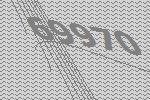
69970